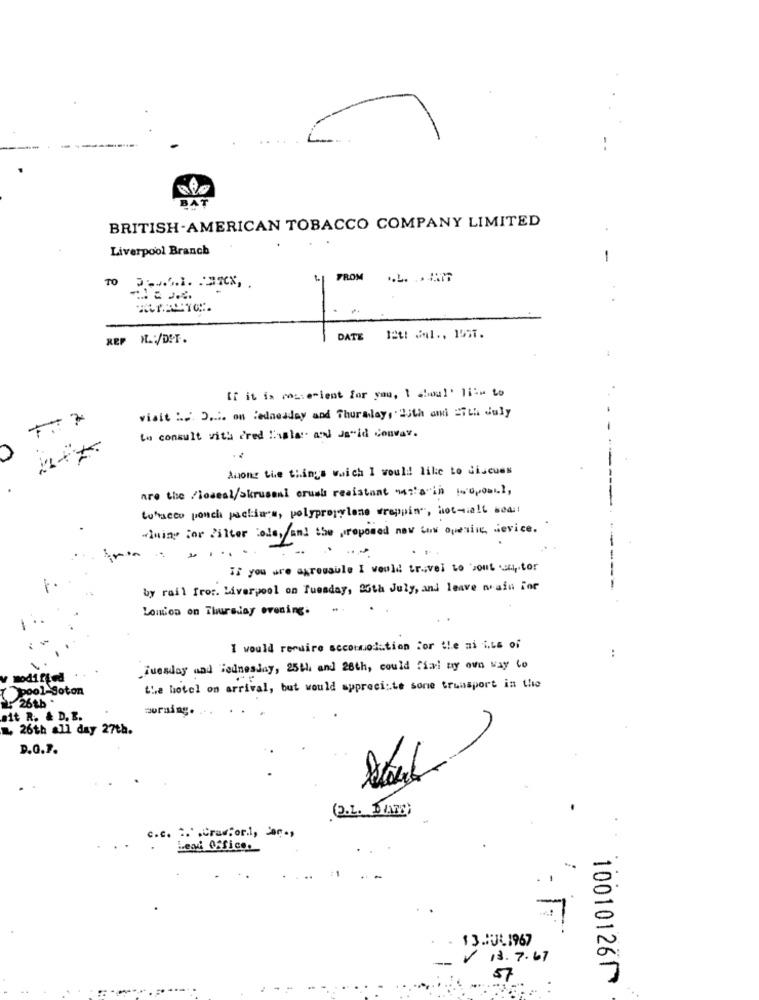
BAT
BRITISH-AMERICAN TOBACCO COMPANY LIMITED
Liverpool Branch
-
FROM .L. . . 76
REP H .: /DET.
DATE
If it is costemient for you, 1 dboul' life to
visit :... D .... on Wednesday and Thursday, 23th and Eith July
777
to consult with fred taplar and Ja"id convar.
Among the things wwich I would! like to discuss
.
are the /ioseal/skrusaal crumbs resistant mazarin proposal,
tutrucco pouch packdoes, polypropylene wrappin", hot-melt seat
wining for Filter Cole, and the proposed new tow opening device.
If you are agressule I would travel to bout stor
by rail fror. Liverpool on Tuesday, 26th July, and leave wrain For
London on Thursday evening. ..
I would require accommodation For the ai i.Ls of
..
1.
Tuesday and Wednesday, 25th and 28th, could Cial my own way to
Modified
pool-goton
the hotel on arrival, but would appreciate sone trumsport in the
26th *
morning.
ait R. & D. B.
L 26th all day 27th.
D.O.7.
(2.L. BAND)
c.c. Crawforl, Jan .,
Lead Offices
13. 3L1967
13.7.67
57
100101260